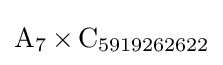
\operatorname {A} _{7}\times \operatorname {C} _{5919262622}